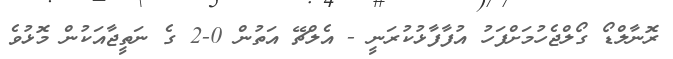
ރޮނާލްޑޯ ގޯލްޖެހުމަށްފަހު އުފާފާޅުކުރަނީ - އެލްޗޭ އަތުން 0-2 ގެ ނަތީޖާއަކުން މޮޅުވެ